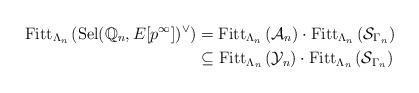
LaTeX: \begin{align*}\mathrm{Fitt}_{\Lambda_n} \left( \mathrm{Sel}(\mathbb{Q}_n, E[p^\infty])^\vee \right) & = \mathrm{Fitt}_{\Lambda_n} \left( \mathcal{A}_n \right) \cdot \mathrm{Fitt}_{\Lambda_n} \left( \mathcal{S}_{\Gamma_n} \right) \\& \subseteq \mathrm{Fitt}_{\Lambda_n} \left( \mathcal{Y}_n \right) \cdot \mathrm{Fitt}_{\Lambda_n} \left( \mathcal{S}_{\Gamma_n} \right) \end{align*}